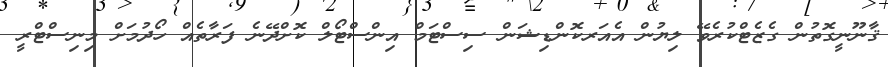
ޤާނޫނީގޮތުން ގެޒެޓްކުރެވޭ ލިޔުން އެއަރކޮންޑިޝަން ސިސްޓަމް އިންސްޓޯލް ކޮށްދޭނެ ފަރާތެއް ހޯދުމަށް މިނިސްޓްރީ